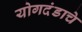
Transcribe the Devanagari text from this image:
योगदंडाचे